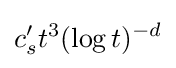
c'_{s}t^{3}(\log t)^{-d}